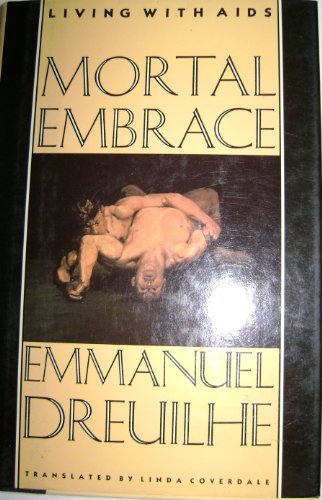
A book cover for Mortal Embrace: Living With AIDS; Emmanuel Dreuilhe; Health, Fitness & Dieting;